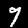
Digit: 9